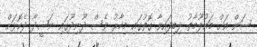
ސަން އަށް މައުލޫމާތު ލިބިފައިވާ ގޮތުގައި މިހާރު ވެސް ދޫނިދޫގައި ނަޝީދާ ދެކޮޅަށް